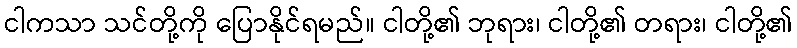
ငါကသာ သင်တို့ကို ပြောနိုင်ရမည်။ ငါတို့၏ ဘုရား၊ ငါတို့၏ တရား၊ ငါတို့၏